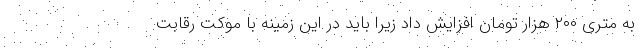
به متری ۲۰۰ هزار تومان افزایش داد زیرا باید در این زمینه با موکت رقابت